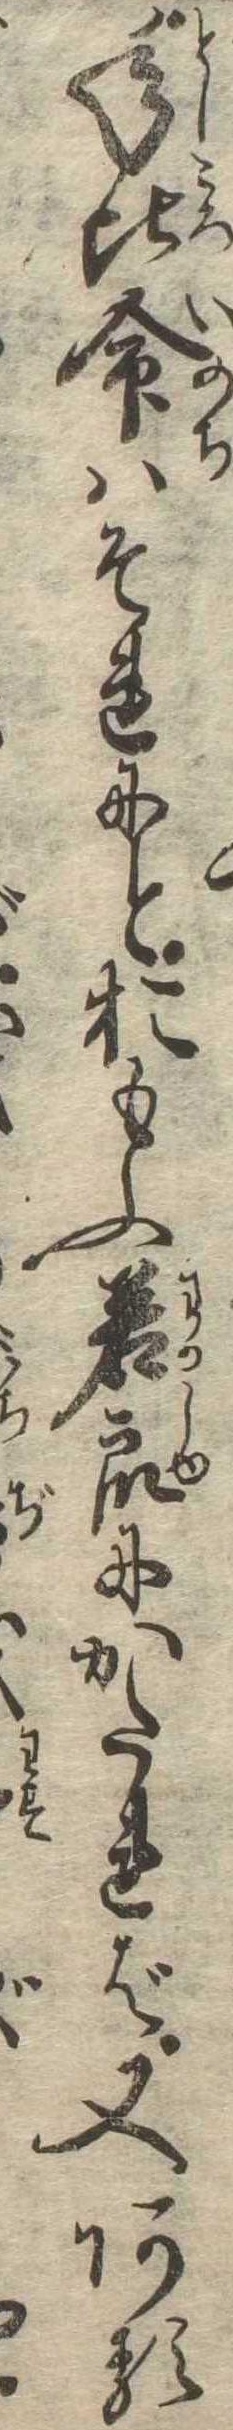
年比命はそれにとおもふ若衆にかたれば又ある